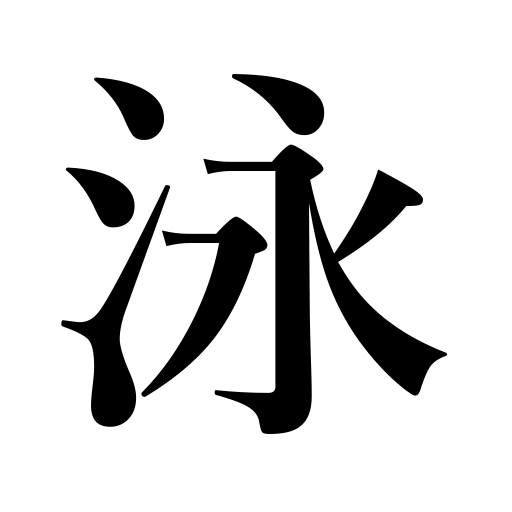
Meanings: swim,totter,keep afloat,get along